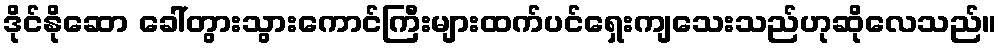
ဒိုင်နိုဆော ခေါ်တွားသွားကောင်ကြီးများထက်ပင်ရှေးကျသေးသည်ဟုဆိုလေသည်။